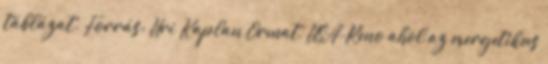
táblázat. Forrás: Uri Kaplan Ormat, USA-Reno ahol az exergetikus